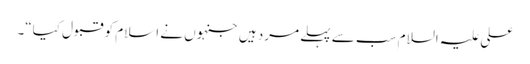
علی علیہ السلام سب سے پہلے مرد ہیں جنہوں نے اسلام کو قبول کیا“۔